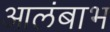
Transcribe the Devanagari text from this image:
आलंबाभ